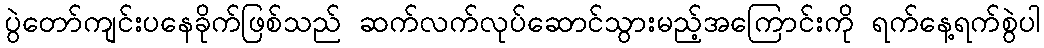
ပွဲတော်ကျင်းပနေခိုက်ဖြစ်သည် ဆက်လက်လုပ်ဆောင်သွားမည့်အကြောင်းကို ရက်နေ့ရက်စွဲပါ